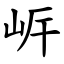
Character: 㟁